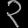
Digit: ၃